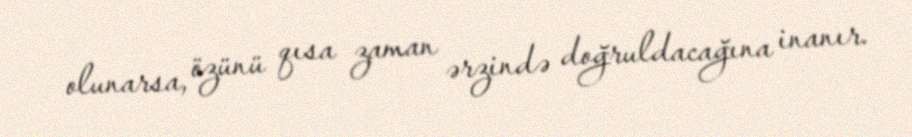
olunarsa, özünü qısa zaman ərzində doğruldacağına inanır.